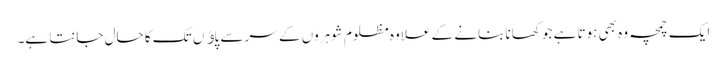
ایک چمچہ وہ بھی ہوتا ہے جو کھانا بنانے کے علاوہ مظلوم شوہروں کے سر سے پاﺅں تک کا حال جانتا ہے۔